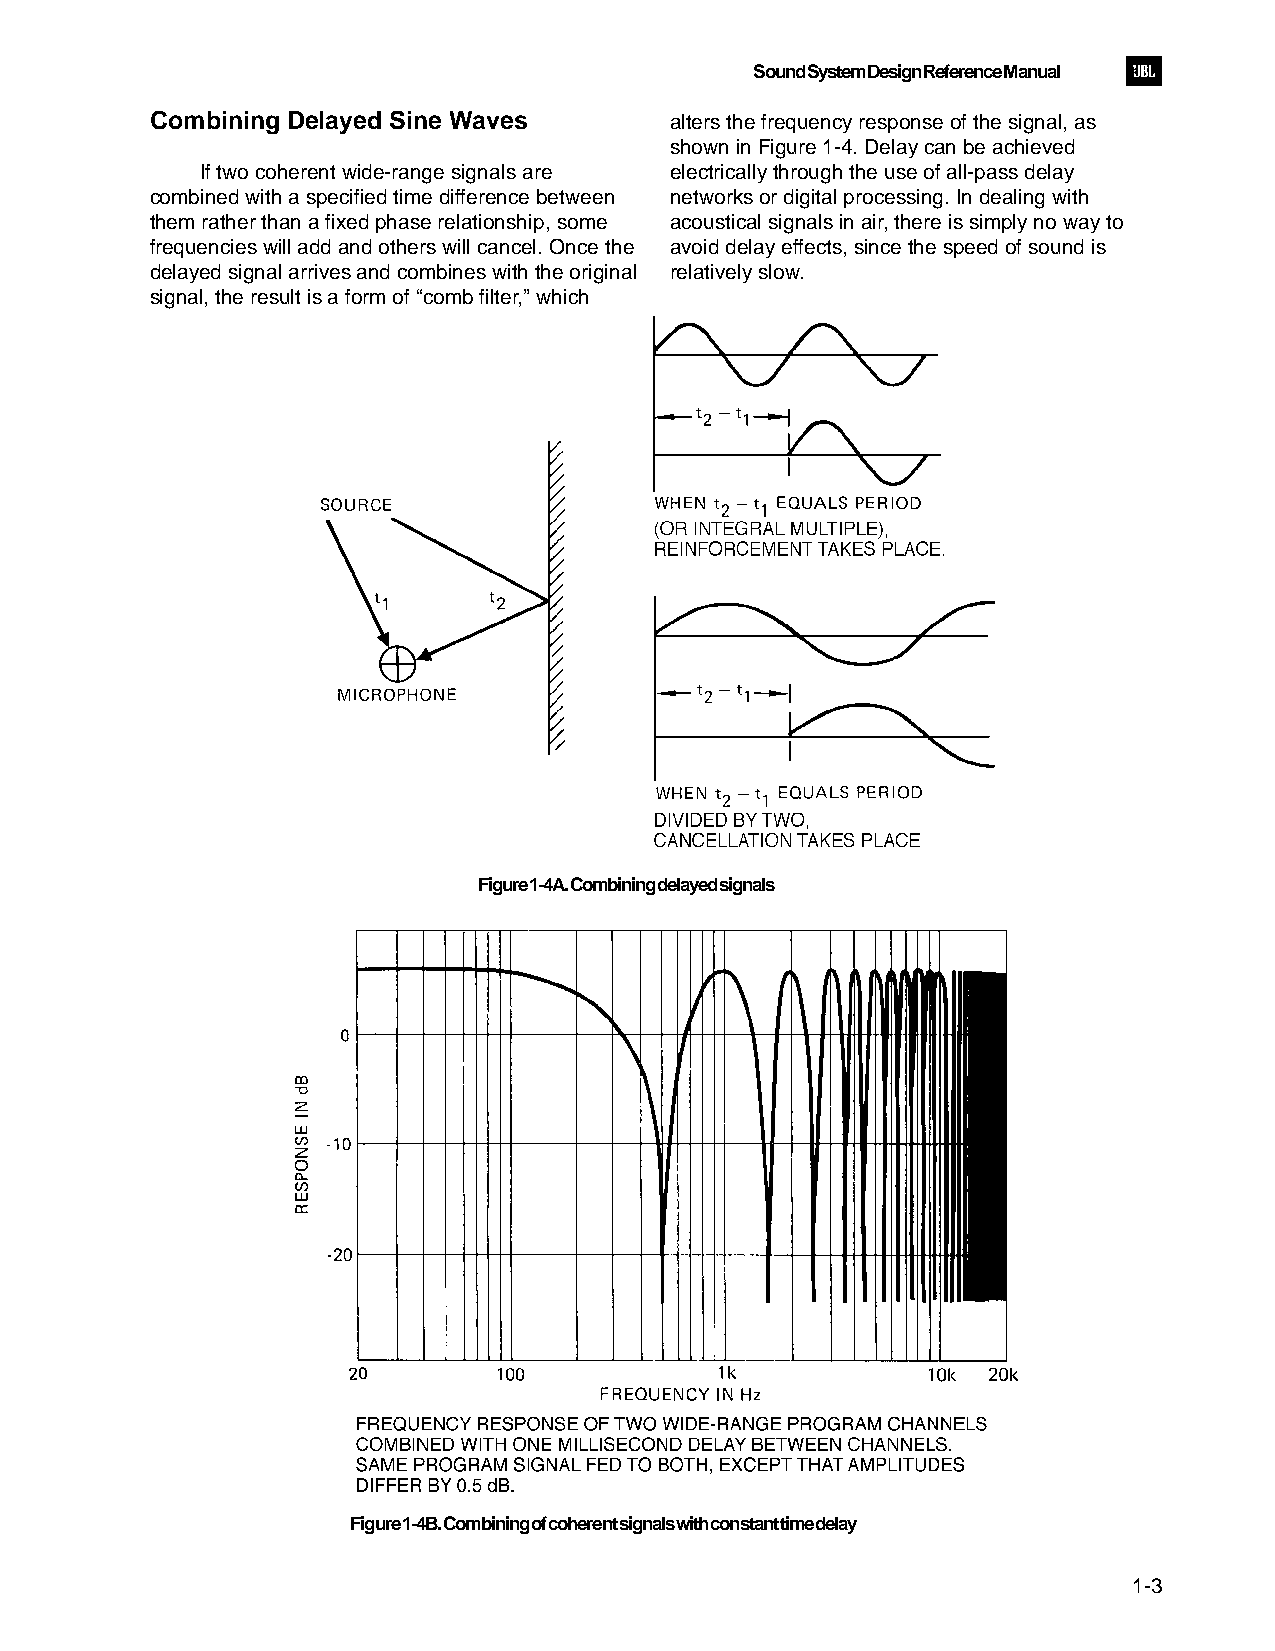
Sound System Design Reference Manual
 Combining Delayed Sine Waves      alters the frequency response of the signal, as
 shown in Figure 1-4. Delay can be achieved
 If two coherent wide-range signals are electrically through the use of all-pass delay
 combined with a specified time difference between networks or digital processing. In dealing with
 them rather than a fixed phase relationship, some acoustical signals in air, there is simply no way to
 frequencies will add and others will cancel. Once the avoid delay effects, since the speed of sound is
 delayed signal arrives and combines with the original relatively slow.
 signal, the result is a form of “comb filter,” which
 Figure 1-4A. Combining delayed signals
 Figure 1-4B. Combining of coherent signals with constant time delay
 1-3